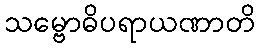
သမ္ဗောဓိပရာယဏာတိ